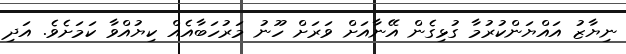
ނިޔާޒު އައްޔަންކުރުމާ ގުޅިގެން އޭނާއަށް ވަރަށް ހޫނު މަރުހަބާއެއް ކިޔުއްވާ ކަމަށެވެ. އަދި